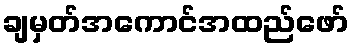
ချမှတ်အကောင်အထည်ဖော်